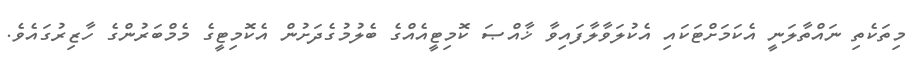
މިތަކެތި ނައްތާލަނީ އެކަމަށްޓަކައި އެކުލަވާލާފައިވާ ޚާއްޞަ ކޮމިޓީއެއްގެ ބެލުމުގެދަށުން އެކޮމިޓީގެ މެމްބަރުންގެ ހާޒިރުގައެވެ.